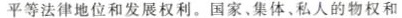
平等法律地位和发展权利。国家、集体、私人的物权和